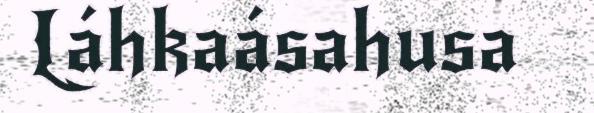
Láhkaásahusa